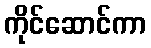
ကိုင်ဆောင်ကာ